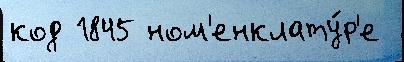
код 1845 ном'енклату́р'е